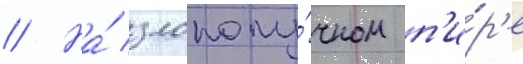
// На́ злополу́чном п'и́р'е